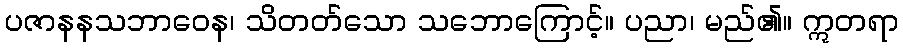
ပဇာနနသဘာဝေန၊ သိတတ်သော သဘောကြောင့်။ ပညာ၊ မည်၏။ ဣတရာ